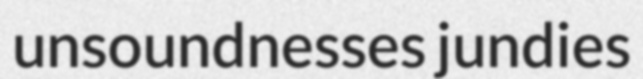
unsoundnesses jundies